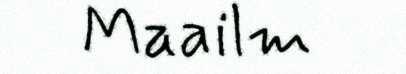
Maailm